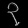
Digit: ၃